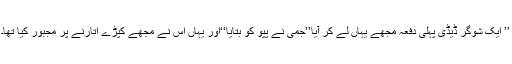
’’ ایک شوگر ڈیڈی پہلی دفعہ مجھے یہاں لے کر آیا’’جمی نے پپو کو بتایا‘‘اور یہاں اُس نے مجھے کپڑے اتارنے پر مجبور کیا تھا۔